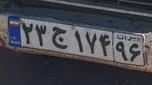
۲۳ج۱۷۴۹۶